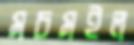
মচমইল